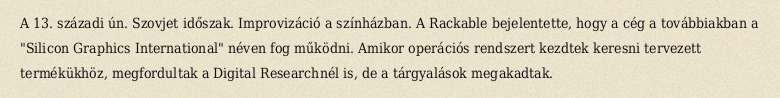
A 13. századi ún. Szovjet időszak. Improvizáció a színházban. A Rackable bejelentette, hogy a cég a továbbiakban a "Silicon Graphics International" néven fog működni. Amikor operációs rendszert kezdtek keresni tervezett termékükhöz, megfordultak a Digital Researchnél is, de a tárgyalások megakadtak.